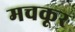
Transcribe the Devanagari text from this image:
मचकूर